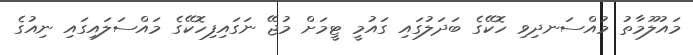
މައުލޫމާތު މުއްސަނދިވި ހޮކޭގެ ބަދަލުގައި ގައުމީ ޓީމަށް މުޖޭ ނަގައިިފިހޮކޭގެ މައްސަލައިގައި ނިއުގެ